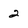
Character: 2